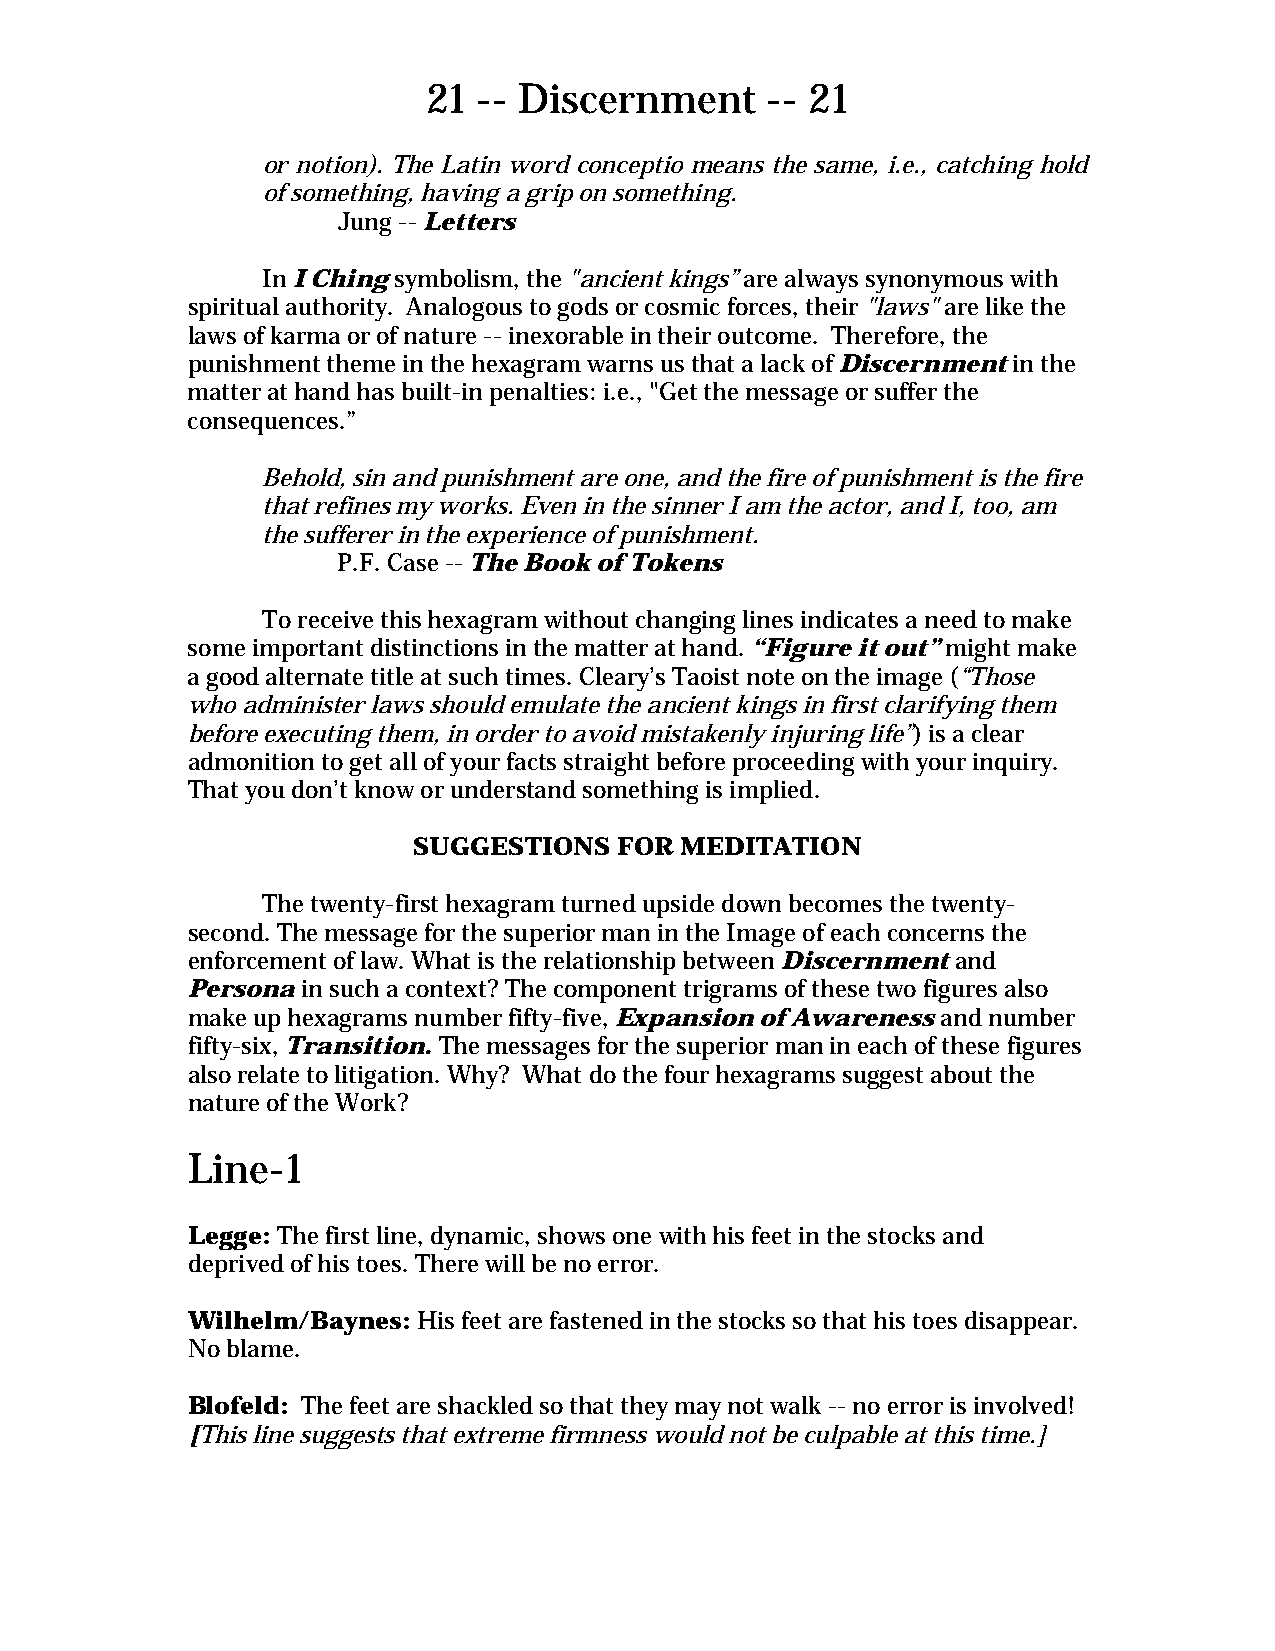
21  -- Discernment     -- 21
 or notion). The Latin word conceptio means the same, i.e., catching hold
 of something, having a grip on something.
 Jung -- Letters
 In I Ching symbolism, the "ancient kings” are always synonymous with
 spiritual authority. Analogous to gods or cosmic forces, their "laws" are like the
 laws of karma or of nature -- inexorable in their outcome. Therefore, the
 punishment theme in the hexagram warns us that a lack of Discernment in the
 matter at hand has built-in penalties: i.e., "Get the message or suffer the
 consequences.”
 Behold, sin and punishment are one, and the fire of punishment is the fire
 that refines my works. Even in the sinner I am the actor, and I, too, am
 the sufferer in the experience of punishment.
 P.F. Case -- The Book of Tokens
 To receive this hexagram without changing lines indicates a need to make
 some important distinctions in the matter at hand. “Figure it out” might make
 a good alternate title at such times. Cleary’s Taoist note on the image (“Those
 who administer laws should emulate the ancient kings in first clarifying them
 before executing them, in order to avoid mistakenly injuring life”) is a clear
 admonition to get all of your facts straight before proceeding with your inquiry.
 That you don’t know or understand something is implied.
 SUGGESTIONS   FOR MEDITATION
 The twenty-first hexagram turned upside down becomes the twenty-
 second. The message for the superior man in the Image of each concerns the
 enforcement of law. What is the relationship between Discernment and
 Persona in such a context? The component trigrams of these two figures also
 make up hexagrams number fifty-five, Expansion of Awareness and number
 fifty-six, Transition. The messages for the superior man in each of these figures
 also relate to litigation. Why? What do the four hexagrams suggest about the
 nature of the Work?
 Line-1
 Legge: The first line, dynamic, shows one with his feet in the stocks and
 deprived of his toes. There will be no error.
 Wilhelm/Baynes: His feet are fastened in the stocks so that his toes disappear.
 No blame.
 Blofeld: The feet are shackled so that they may not walk -- no error is involved!
 [This line suggests that extreme firmness would not be culpable at this time.]